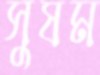
সুষম